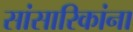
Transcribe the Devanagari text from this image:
सांसारिकांना